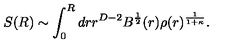
S ( R ) \sim \int _ { 0 } ^ { R } d r r ^ { D - 2 } B ^ { \frac { 1 } { 2 } } ( r ) \rho ( r ) ^ { \frac { 1 } { 1 + \kappa } } .